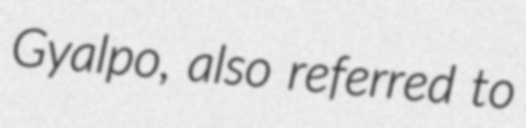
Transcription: Gyalpo, also referred to